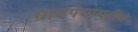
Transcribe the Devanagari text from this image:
ग्रामपंचायतींचे